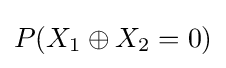
P(X_{1}\oplus X_{2}=0)